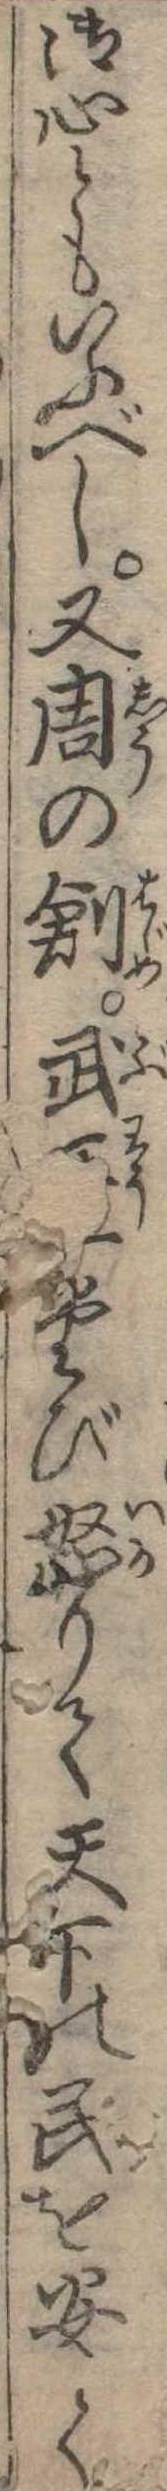
御心ともいふべし又周の創武王一たび怒りて天下の民を安く